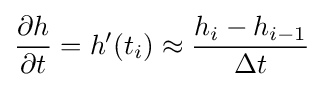
{\frac {\partial h}{\partial t}}=h'(t_{i})\approx {\frac {h_{i}-h_{i-1}}{\Delta t}}